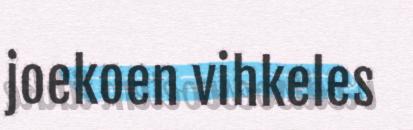
joekoen vihkeles